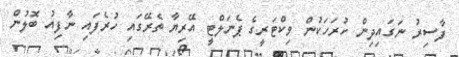
ފާސިރު ނަގައިދިން ހުރަހަކުން ވިކްޓަރީގެ ޕެނަލްޓީ އޭރިޔާ ތެރޭގައި ހުރެފައި ނާފިއު ބޮލުން